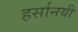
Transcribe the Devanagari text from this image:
हर्सानयी